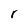
Character: r